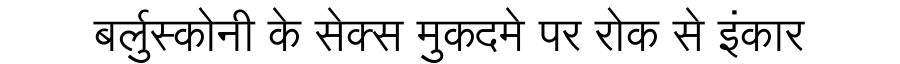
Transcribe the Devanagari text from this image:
बर्लुस्कोनी के सेक्स मुकदमे पर रोक से इंकार